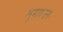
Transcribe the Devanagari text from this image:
लूमहाउस